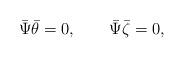
LaTeX: \begin{align*}\bar\Psi \bar\theta =0,\qquad\bar\Psi \bar\zeta =0,\end{align*}